Document type: Grant
Year: 1403
Scribe: Berenguer Pedrosell
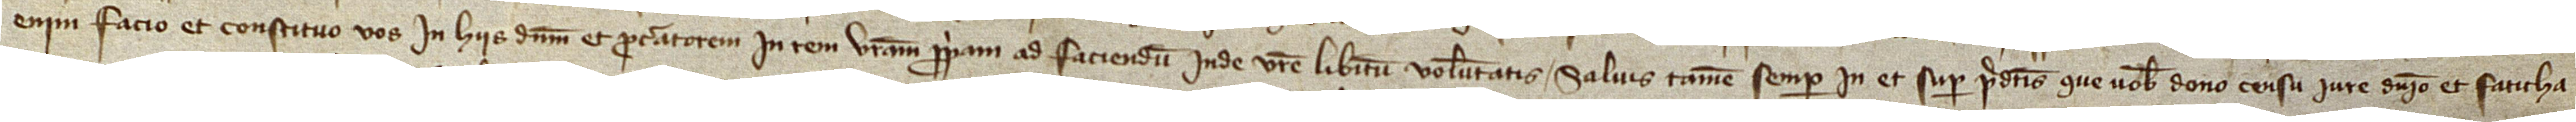
enim facio et constituo vos in hiis dominum et procuratorem in rem vestram propriam, ad faciendum inde vestre libitum voluntatis. Salvis tamen semper in et super predictis que vobis dono censu, iure, dominio et faticha